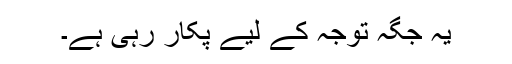
یہ جگہ توجہ کے لیے پکار رہی ہے۔